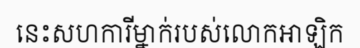
នេះសហការីម្នាក់របស់លោកអាឡិក